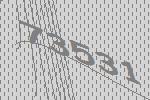
73531